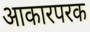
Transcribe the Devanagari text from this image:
आकारपरक